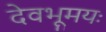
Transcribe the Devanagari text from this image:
देवभूमयः